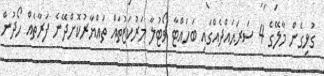
ގުޅިގެން މާލޭގެ 4 ސަރަޙައްދެއްގައި ބަހައްޓާ ވޯޓުލާ މަރުކަޒުތައް ތައްޔާރުކޮށްދޭނެ ފަރާތެއް ހޯދުން